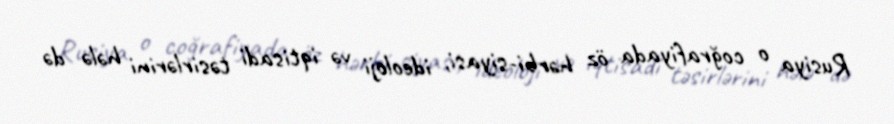
Rusiya o coğrafiyada öz hərbi-siyasi, ideoloji və iqtisadi təsirlərini hələ də